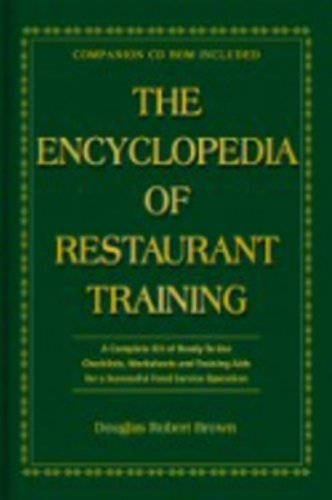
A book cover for The Encyclopedia Of Restaurant Training: A Complete Ready-to-Use Training Program for All Positions in the Food Service Industry With Companion CD-ROM; Douglas Robert Brown; Cookbooks, Food & Wine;